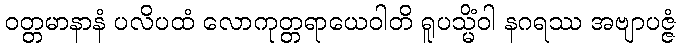
ဝတ္တမာနာနံ ပလိပထံ လောကုတ္တရာယေဝါတိ ရူပသ္မိံဝါ နဂရဿ အဗျာပဇ္ဇံ